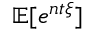
\mathbb { E } [ e ^ { n t \xi } ]